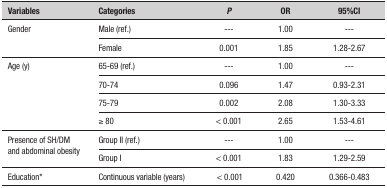
| Variables | Categories | P | OR | 95%CI |
 | --- | --- | --- | --- | --- |
 | <ROWSPAN=2> Gender | Male (ref.) | --- | 1.00 | --- |
 | Female | 0.001 | 1.85 | 1.28-2.67 |
 | <ROWSPAN=4> Age (y) | 65-69 (ref.) | --- | 1.00 | --- |
 | 70-74 | 0.096 | 1.47 | 0.93-2.31 |
 | 75-79 | 0.002 | 2.08 | 1.30-3.33 |
 | ≥ 80 | < 0.001 | 2.65 | 1.53-4.61 |
 | <ROWSPAN=2> Presence of SH/DM and abdominal obesity | Group II (ref.) | --- | 1.00 | --- |
 | Group I | < 0.001 | 1.83 | 1.29-2.59 |
 | Education* | Continuous variable (years) | < 0.001 | 0.420 | 0.366-0.483 |